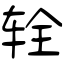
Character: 辁